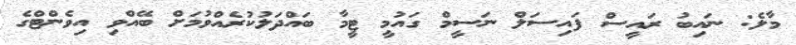
މާލެ: ނައިބު ރައީސް ފައިސަލް ނަސީމް ގައުމީ ޓީމާ ބައްދަލުކުރެއްވުމަށް ބޭއްވި އިވެންޓްގެ